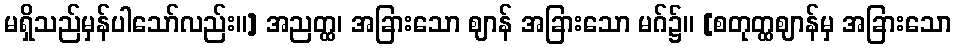
မရှိသည်မှန်ပါသော်လည်း။] အညတ္ထ၊ အခြားသော ဈာန် အခြားသော မဂ်၌။ [စတုတ္ထဈာန်မှ အခြားသော